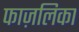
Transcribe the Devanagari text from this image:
फाज़लिका